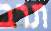
תרב